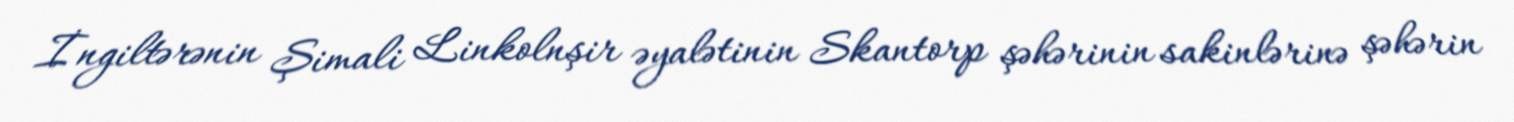
İngiltərənin Şimali Linkolnşir əyalətinin Skantorp şəhərinin sakinlərinə şəhərin